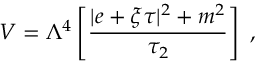
V = \Lambda ^ { 4 } \left[ { \frac { | e + \xi \tau | ^ { 2 } + m ^ { 2 } } { \tau _ { 2 } } } \right] \ ,